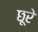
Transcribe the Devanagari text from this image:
छूरे